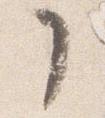
了